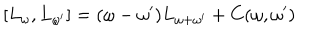
[ L _ { \omega } , L _ { \omega ^ { \prime } } ] = ( \omega - \omega ^ { \prime } ) L _ { \omega + \omega ^ { \prime } } + C ( \omega , \omega ^ { \prime } )